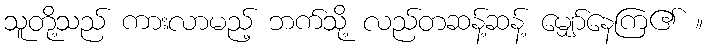
သူတို့သည် ကားလာမည့် ဘက်သို့ လည်တဆန့်ဆန့် မျှော်နေကြ၏ ။